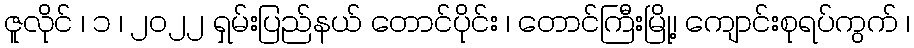
ဇူလိုင် ၊ ၁ ၊ ၂၀၂၂ ရှမ်းပြည်နယ် တောင်ပိုင်း ၊ တောင်ကြီးမြို့၊ ကျောင်းစုရပ်ကွက် ၊